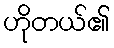
ဟိုတယ်၏